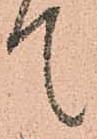
て